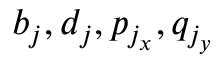
b _ { j } , d _ { j } , p _ { j _ { x } } , q _ { j _ { y } }